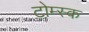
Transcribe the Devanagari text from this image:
टोम्स्क